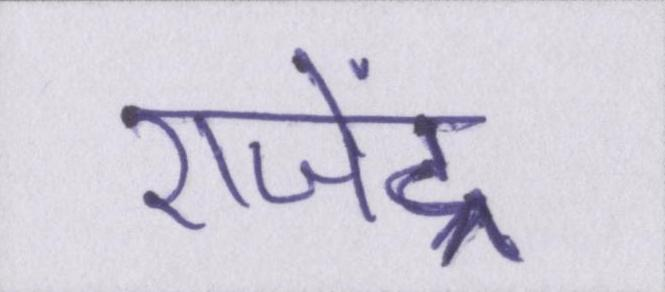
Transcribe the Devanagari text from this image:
राजेंद्र